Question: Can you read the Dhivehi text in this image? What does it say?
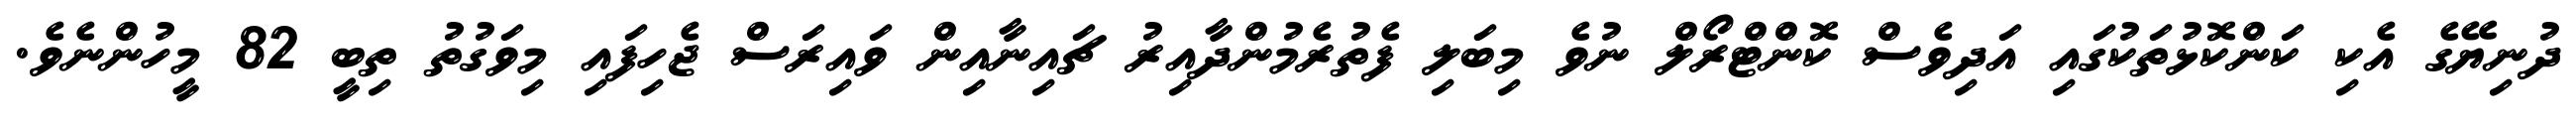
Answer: ދުނިޔޭގެ އެކި ކަންކޮޅުތަކުގައި އަދިވެސް ކޮންޓްރޯލް ނުވެ މިބަލި ފެތުރެމުންދާއިރު ޗައިނާއިން ވައިރަސް ޖެހިފައި މިވަގުތު ތިބީ 82 މީހުންނެވެ.